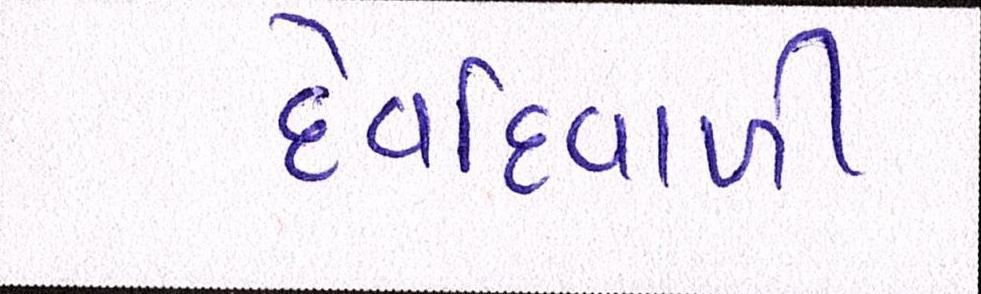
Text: દેવદિવાળી